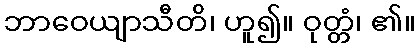
ဘာဝေယျာသီတိ၊ ဟူ၍။ ဝုတ္တံ၊ ၏။